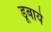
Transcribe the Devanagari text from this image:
डूबाये